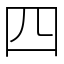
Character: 四